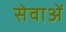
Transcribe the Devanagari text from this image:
सेवाअें